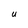
Character: U